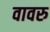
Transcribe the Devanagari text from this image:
वावरु